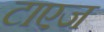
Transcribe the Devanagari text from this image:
टाएज